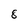
Character: 8